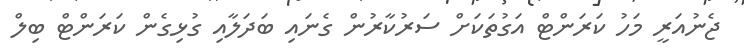
ޖެނުއަރީ މަހު ކަރަންޓް އަގުތަކަށް ސަރުކާރުން ގެނައި ބަދަލާއި ގުޅިގެން ކަރަންޓް ބިލް